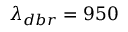
\lambda _ { d b r } = 9 5 0